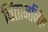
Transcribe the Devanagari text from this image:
चिंताजनित